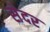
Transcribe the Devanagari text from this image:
सेदर